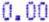
0.00